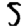
Digit: 5